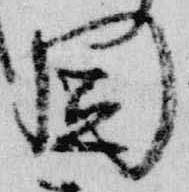
園